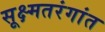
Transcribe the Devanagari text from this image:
सूक्ष्मतरंगांत